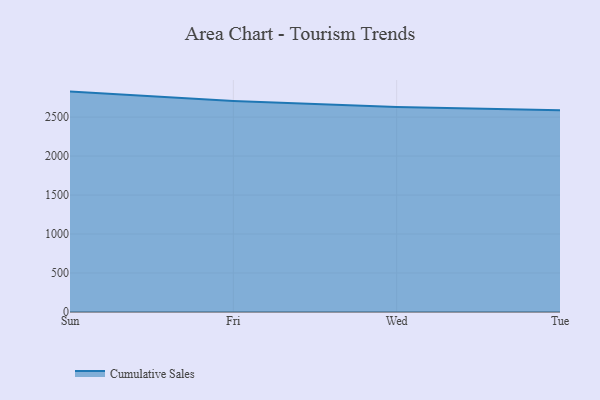
{"axis": {"x": "Day", "y": "Gross Profit (USD K)"}, "legend": ["Cumulative Sales"], "data": [{"x": "Sun", "y": 2826.7, "type": "Cumulative Sales"}, {"x": "Fri", "y": 2706.9, "type": "Cumulative Sales"}, {"x": "Wed", "y": 2628.8, "type": "Cumulative Sales"}, {"x": "Tue", "y": 2588.7, "type": "Cumulative Sales"}]}